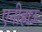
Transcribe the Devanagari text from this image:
एनीहाऊ